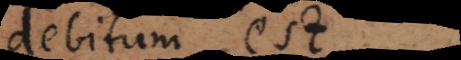
debitum est